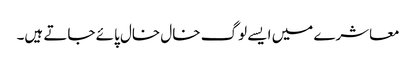
معاشرے میں ایسے لوگ خال خال پائے جاتے ہیں۔